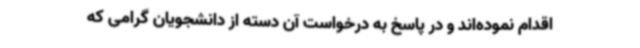
اقدام نموده‌اند و در پاسخ به درخواست آن دسته از دانشجویان گرامی که